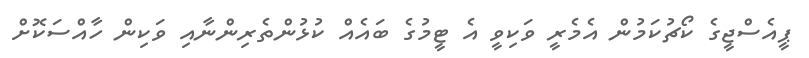
ޕީއެސްޖީގެ ކޯޗުކަމުން އެމެރީ ވަކިވީ އެ ޓީމުގެ ބައެއް ކުޅުންތެރިންނާއި ވަކިން ހާއްސަކޮށް